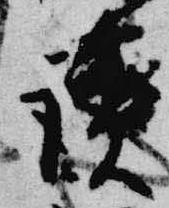
読